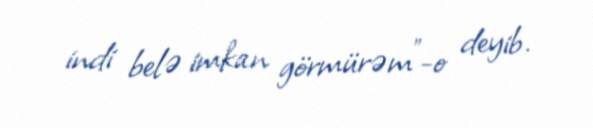
indi belə imkan görmürəm”-o deyib.